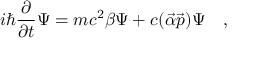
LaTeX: i \hbar \frac { \partial } { \partial t } \Psi = m c ^ { 2 } \beta \Psi + c ( \vec { \alpha } \vec { p } ) \Psi \quad ,